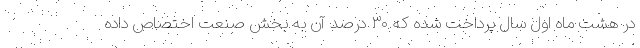
در هشت ماه اول سال پرداخت شده که ۳۰ درصد آن به بخش صنعت اختصاص داده